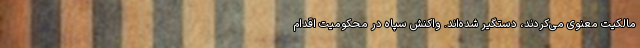
مالکیت معنوی می‌کردند، دستگیر شده‌اند. واکنش سپاه در محکومیت اقدام